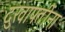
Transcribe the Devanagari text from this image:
दुखापतींना